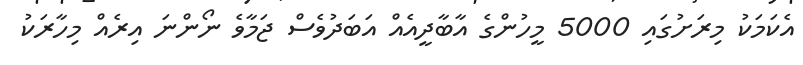
އެކަމަކު މިރަށުގައި 5000 މީހުންގެ އާބާދީއެއް އަބަދުވެސް ޖަމާވެ ނޯންނަ އިރެއް މިހާރަކު